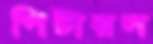
পিটারস